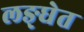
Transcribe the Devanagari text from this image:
लङ्घेत